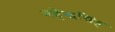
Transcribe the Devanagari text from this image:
महेन्द्रसिंह